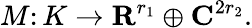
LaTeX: M\colon K\to\mathbf{R}^{r_{1}}\oplus\mathbf{C}^{2r_{2}}.